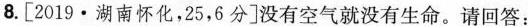
8.[2019·湖南怀化，25，6分]没有空气就没有生命。请回答：